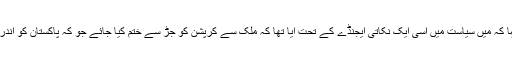
عمران خان نے یہ بھی کہا کہ میں سیاست میں اسی ایک نکاتی ایجنڈے کے تحت آیا تھا کہ ملک سے کرپشن کو جڑ سے ختم کیا جائے جو کہ پاکستان کو اندر سے کھوکھلا کررہا ہے۔